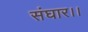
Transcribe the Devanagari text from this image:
संघार।।